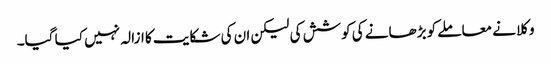
وکلا نے معاملے کو بڑھانے کی کوشش کی لیکن ان کی شکایت کا ازالہ نہیں کیا گیا۔